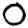
Digit: 0